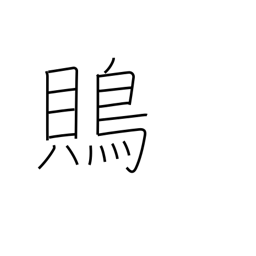
Meaning: shrike